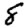
Digit: 8